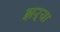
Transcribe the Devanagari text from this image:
झऱ्या